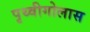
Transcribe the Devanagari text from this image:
पृथ्वीगोलास